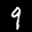
Label: 9